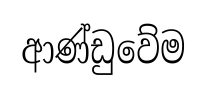
ආණ්ඩුවේම